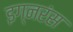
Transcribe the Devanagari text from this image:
इग्नरंस